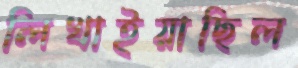
লিখাইয়াছিল